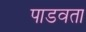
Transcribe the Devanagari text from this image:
पाडवता